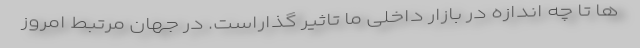
ها تا چه اندازه در بازار داخلی ما تاثیر گذاراست. در جهان مرتبط امروز